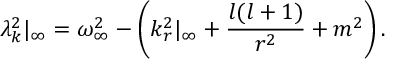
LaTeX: \lambda _ { k } ^ { 2 } | _ { \infty } = \omega _ { \infty } ^ { 2 } - \left( k _ { r } ^ { 2 } | _ { \infty } + { \frac { l ( l + 1 ) } { r ^ { 2 } } } + m ^ { 2 } \right) .